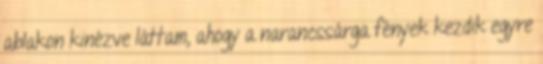
ablakon kinézve láttam, ahogy a narancssárga fények kezdik egyre